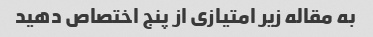
به مقاله زیر امتیازی از پنج اختصاص دهید